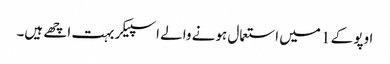
اوپو کے 1 میں استعمال ہونے والے اسپیکر بہت اچھے ہیں۔